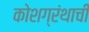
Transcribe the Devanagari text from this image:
कोशग्रंथाची